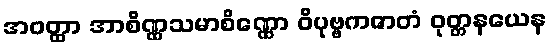
အဝတ္ထာ အာစိဏ္ဏသမာစိဏ္ဏော ဝိပုဗ္ဗကဇာတံ ဝုတ္တနယေန